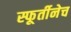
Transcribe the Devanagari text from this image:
स्फूर्तीनेच